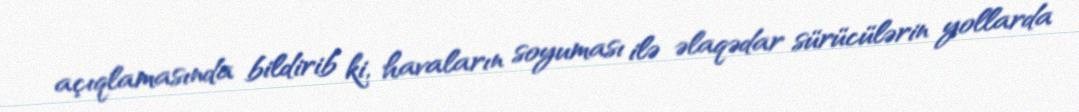
açıqlamasında bildirib ki, havaların soyuması ilə əlaqədar sürücülərin yollarda